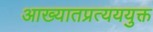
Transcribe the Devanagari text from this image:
आख्यातप्रत्यययुक्त